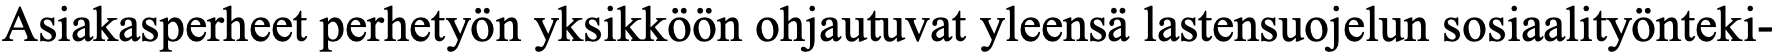
Asiakasperheet perhetyön yksikköön ohjautuvat yleensä lastensuojelun sosiaalityönteki-